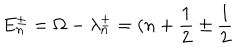
E _ { n } ^ { \pm } = \Omega - \lambda _ { n } ^ { \pm } = ( n + \frac { 1 } { 2 } \pm \frac { 1 } { 2 }